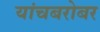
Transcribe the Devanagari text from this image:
यांचबरोबर